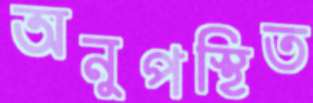
অনুপস্থিত